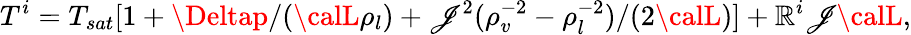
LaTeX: T^{i}=T_{sat}[1+{\Deltap}/({{\calL}\rho_{l}})+{\mathscr{J}^{2}}(\rho_{v}^{-2}-\rho_{l}^{-2})/({2{\calL}})]+\mathbb{R}^{i}\mathscr{J}{\calL},